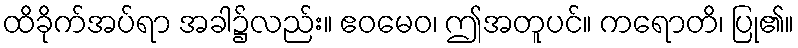
ထိခိုက်အပ်ရာ အခါ၌လည်း။ ဧဝမေဝ၊ ဤအတူပင်။ ကရောတိ၊ ပြု၏။